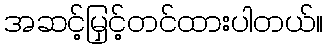
အဆင့်မြှင့်တင်ထားပါတယ်။